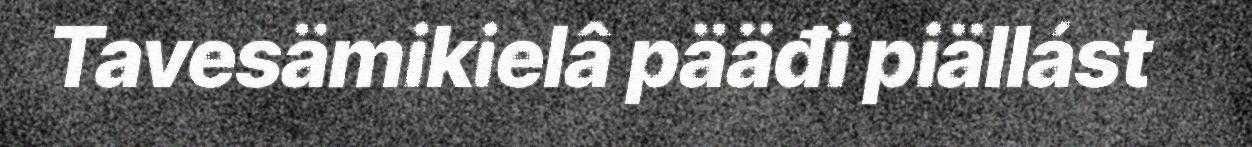
Tavesämikielâ pääđi piällást